Supplement to the account of plague administration in the Bombay Presidency from September 1896 till May 1897
Year: 1896
Disease focus: Plague
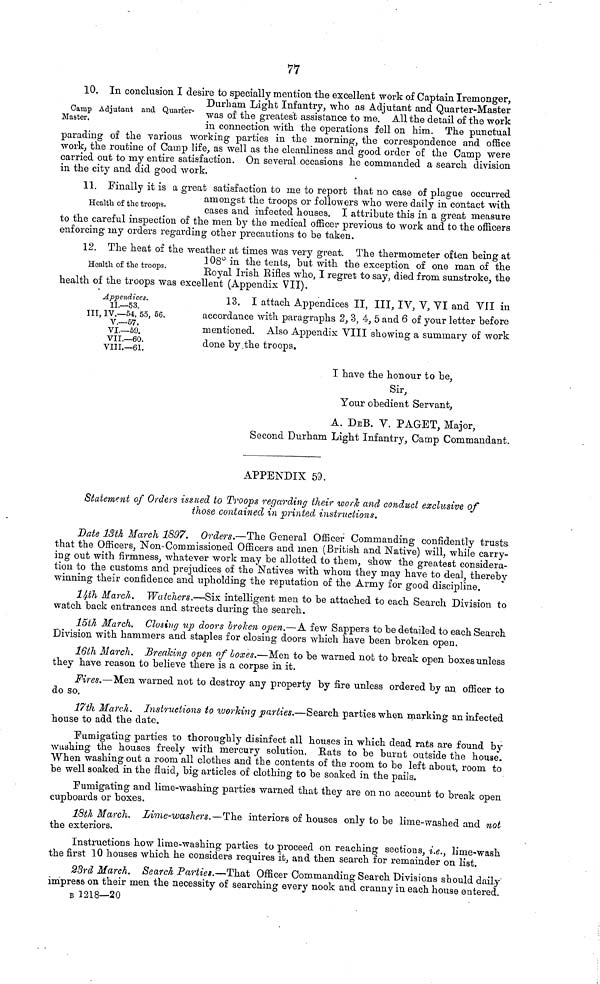
77
10. In conclusion I desire to specially mention the excellent work of Captain Iremonger,
Durham Light Infantry, who as Adjutant and Quarter-Master
Camp Adjutant and Quarter Master. was of the greatest assistance to me. All the detail of the work
in connection with the operations fell on him. The punctual
parading of the various working parties in the morning, the correspondence and office
work, the routine of Camp life, as well as the cleanliness and good order of the Camp were
carried out to my entire satisfaction. On several occasions he commanded a search division
in the city and did good work.
11. Finally it is a great satisfaction to me to report that no case of plague occurred
amongst the troops or followers who were daily in contact with
loops.
cases and infected houses. I attribute this in a great measure
to the careful inspection of the men by the medical officer previous to work and to the officers
enforcing my orders regarding other precautions to be taken.
12. The heat of the weather at times was very great. The thermometer often being at
Health
of
the
troops.
108
the exception of one man of the
Royal Irish Eines who, I regret to say, died from sunstroke, the
health of the troops was excellent (Appendix VII).
Appendices.
13.
I
attach Appendices II, III, IV, V, VI and VII in
II.—53.
III, IV.—54, 55,
56
accordance with paragraphs 2, 3, 4, 5 and 6 of your letter before
VI.-59.
mentioned. Also Appendix VIII showing a summary of work
VII.-60
done by the troops.
I have the honour to be,
Sir,
Your obedient Servant,
A. DEB. V. PAGET, Major,
Second Durham Light Infantry, Camp Commandant.
APPENDIX 59.
Statement of Orders issued to Troops regarding their work and conduct exclusive of
those contained in printed instructions.
Date 13th March 1897. Orders.—The General Officer Commanding confidently trusts
that the Officers, N on-Commissioned Officers and men (British and Native) will, while carry-
ing out with firmness, whatever work may be allotted to them, show the greatest considera-
tion to the customs and prejudices of the Natives with whom they may have to deal, thereby
winning their confidence and upholding the reputation of the Army for good discipline.
14th March. Watchers.—Six intelligent men to be attached to each Search Division to
watch back entrances and streets during the search.
15th March. Closing up doors broken open.—A few Sappers to be detailed to each Search
Division with hammers and staples for closing doors which have been broken open.
16th March. Breaking open of boxes.—Men to be warned not to break open boxes unless
they have reason to believe there is a corpse in it.
Fires.—Men warned not to destroy any property by fire unless ordered by an officer to
do so.
17th March. Instructions to working parties.—Search parties when marking an infected
house to add the date.
Fumigating parties to thoroughly disinfect all houses in which dead rats are found by
wushing the houses freely with mercury solution. Rats to be burnt outside the house.
When washing out a room all clothes and the contents of the room to be left about, room to
be well soaked in the fluid, big articles of clothing to be soaked in the pails.
Fumigating and lime-washing parties warned that they are on no account to break open
cupboards or boxes.
18th March. Lime-washers.—The interiors of houses only to be lime-washed and not
the exteriors.
Instructions how lime-washing parties to proceed on reaching sections, i.e., lime-wash
the first 10 houses which he considers requires it, and then search for remainder on list.
23rd March. Search Parties.—That Officer Commanding Search Divisions should daily
impress on their men the necessity of searching every nook and cranny in each house entered.
B 1218—20